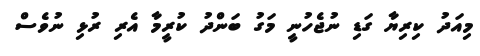
މިއަދު ކިރިޔާ ގަޑި ނުޖެހުނީ މަގު ބަންދު ކުރީމާ އެރި ރުޅި ނުވެސް